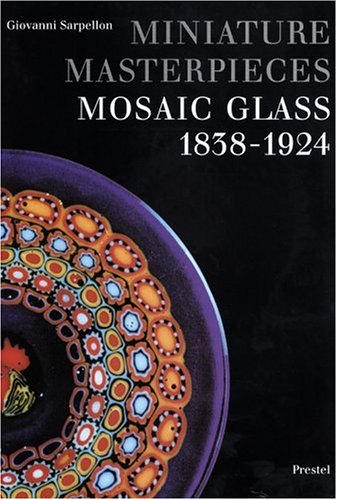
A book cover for Miniature Masterpieces: Mosaic Glass, 1838-1924; Giovanni Sarpellon; Crafts, Hobbies & Home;